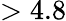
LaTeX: >4.8